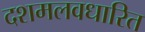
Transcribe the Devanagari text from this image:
दशमलवधारित